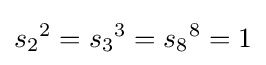
s_{2}{}^{2}=s_{3}{}^{3}=s_{8}{}^{8}=1